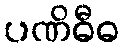
ပဏိဓီဓ